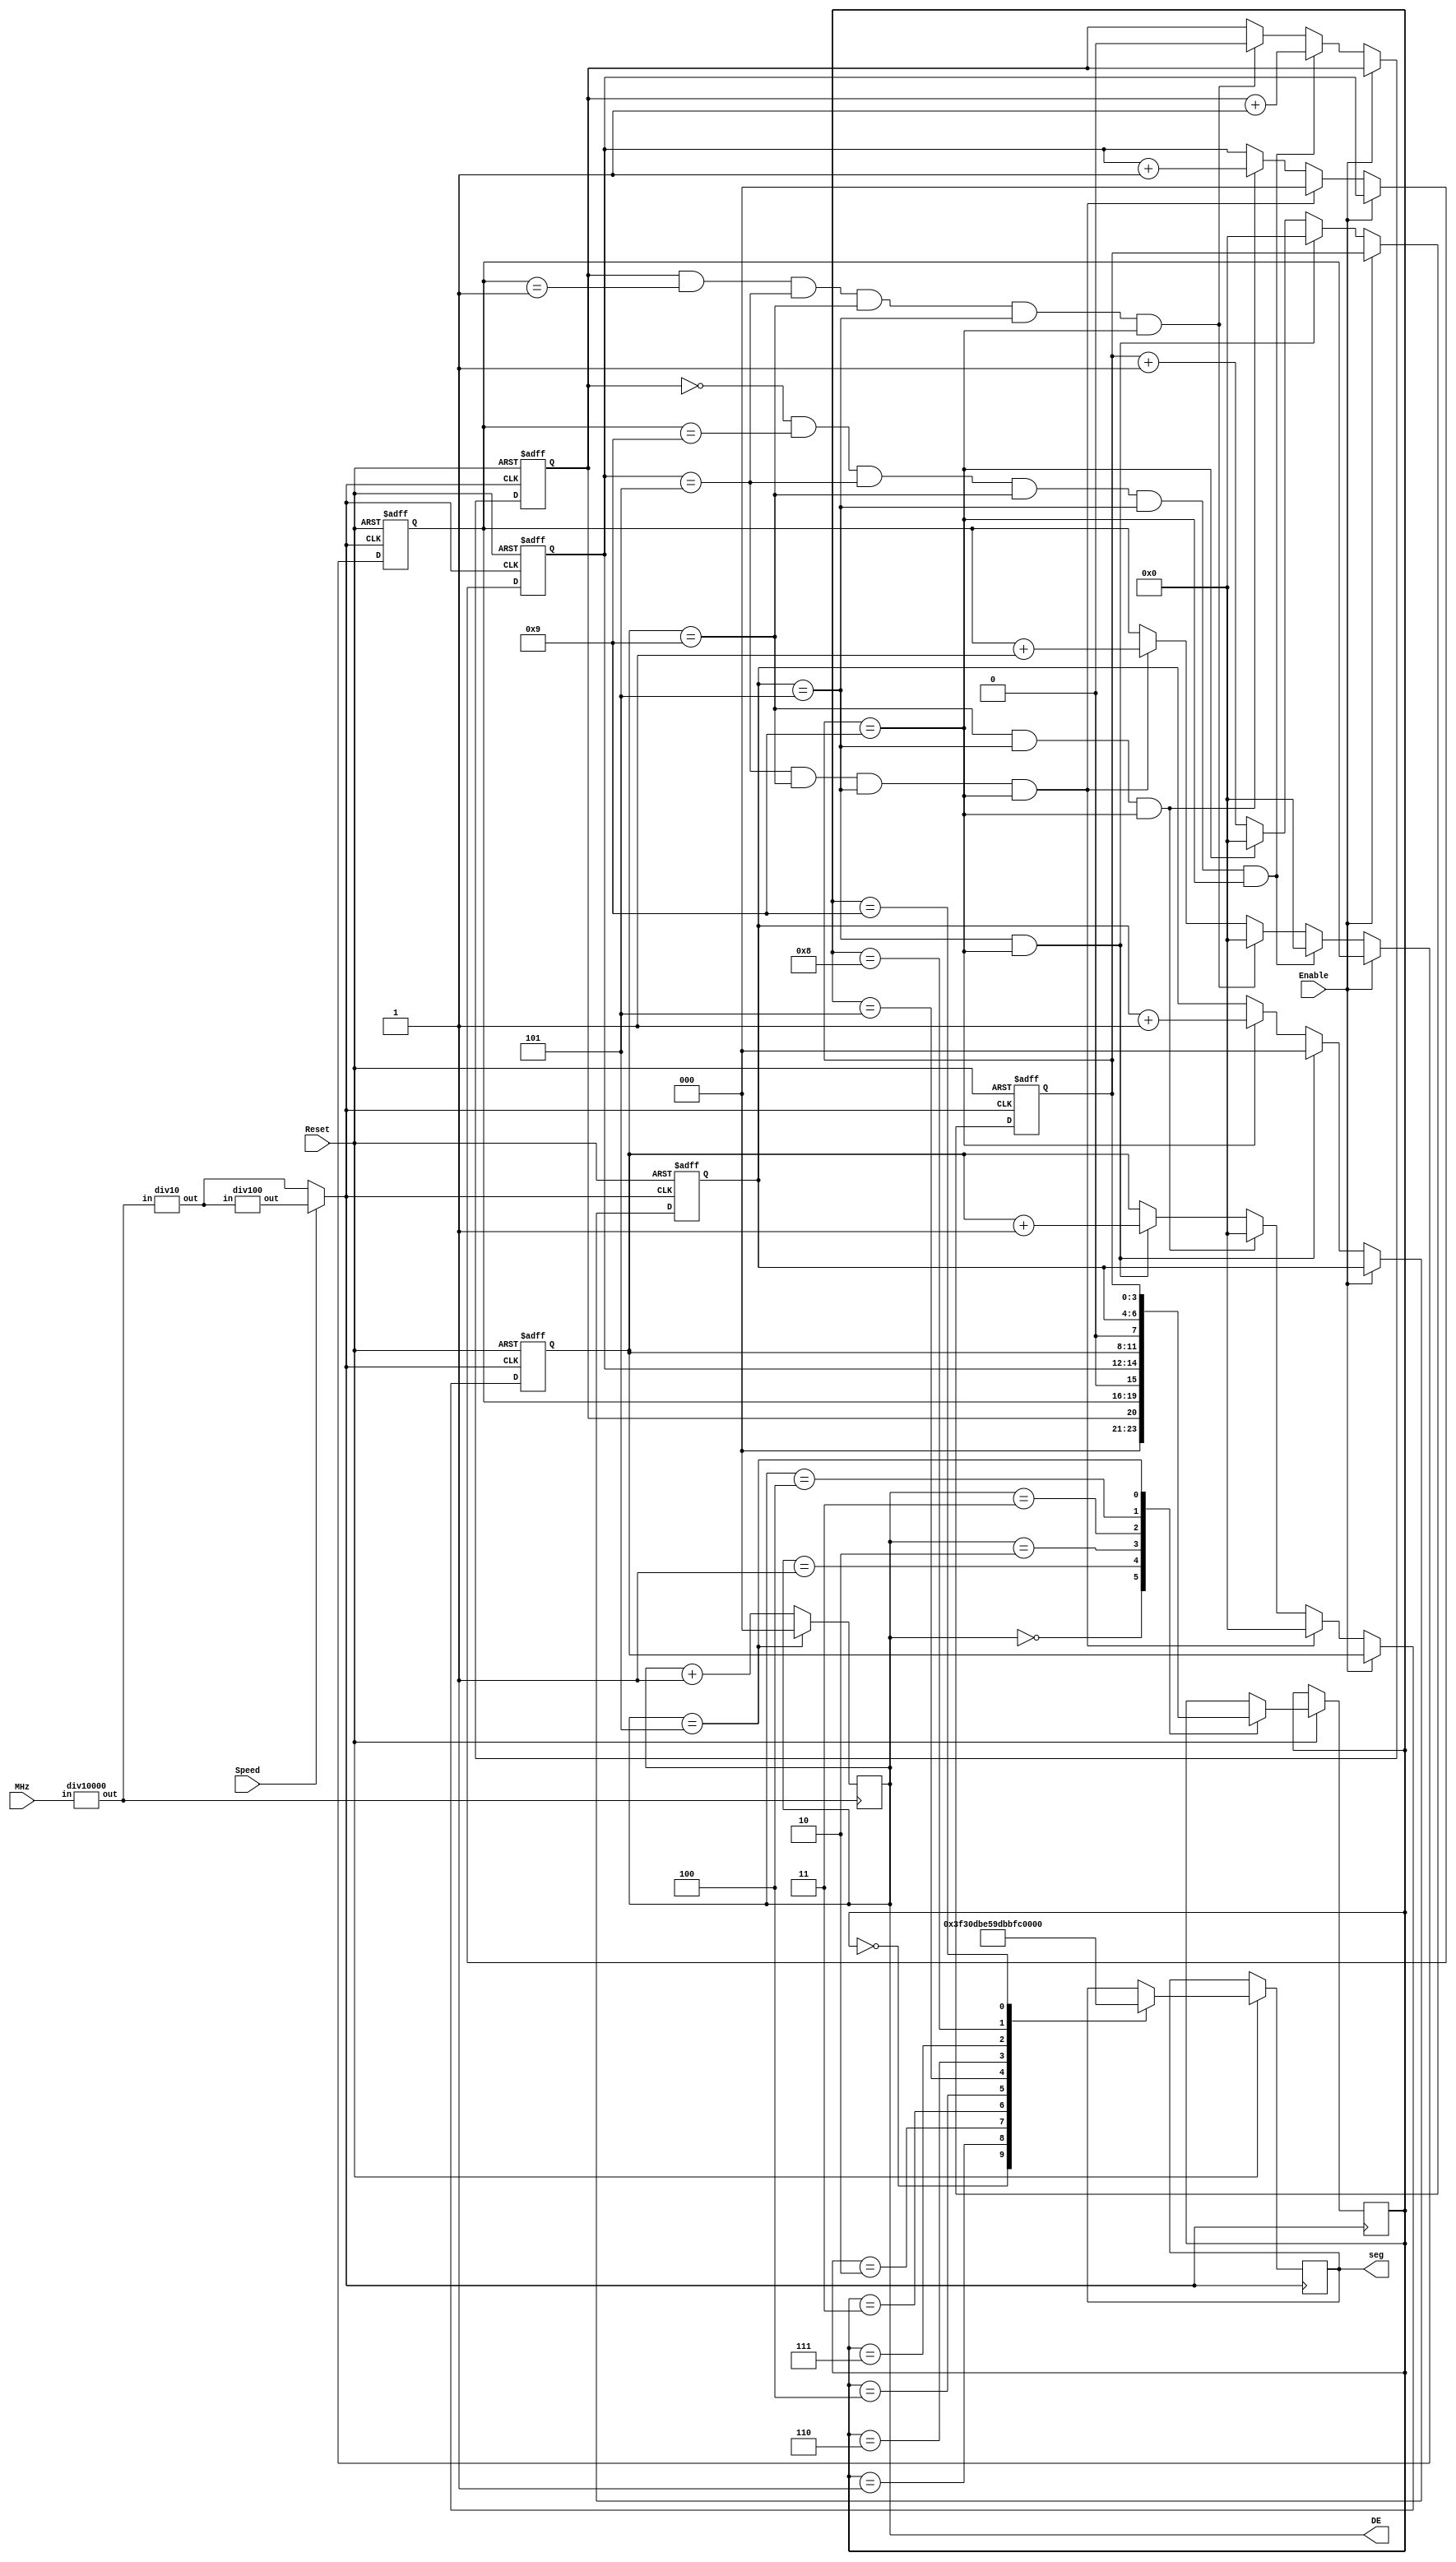
module exp7(DE, seg, MHz, Enable, Speed, Reset); //pi
 input MHz, Enable, Speed, Reset; //JMHz,Enable,Speed,Reset
 output reg [2:0]DE; //X3-bits@3DE[0]~[2]ABOdDE[0]~[2]U@ws
 output reg [6:0]seg; //X7-bits@7seg[0]~[6]ABOdseg[0]~[6]U@ws
 wire kHz, Hz1, Hz100, Sresult; //pq|4usP
 reg H1; //OdH1U@ws
 reg [3:0]Cresult; //OdCresult[0]~[3]U@ws
 reg [3:0]S2, M2, H2; //OdS2[0]~[3],M2[0]~[3],H2[0]~[3]U@ws
 reg [2:0]S1, M1; //OdS1[0]~[2],M1[0]~[2]U@ws
 
 div10000 d1(kHz, MHz); //W1AXkHzAJMHz
 div10	  d2(Hz100, kHz); //W2AXHz100AJkHz
 div100   d3(Hz1, Hz100); //W3AXHz1AJHz100
 
 always@(posedge kHz) //kHztoAUBehavioral Modelz|Q
  if(DE == 5) //pGDE5AHUz
   DE<=0; //DE0
  else //Lp
   DE<=DE+3'd1; //DE+1
   
 assign Sresult = Speed ? Hz1 : Hz100; //Speed=1,Sresult=Hz1ASpeed=0,Sresult=Hz100
   
 always@(posedge Sresult or negedge Reset) //SresulttoResetttoAUBehavioral Modelz|Q
  begin //}l
   if(~Reset) //pGResettrueAHUz
    begin //}l
     S1<=0; //S10
     S2<=0; //S20
     M1<=0; //M10
     M2<=0; //M20
     H1<=0; //H10
     H2<=0; //H20
    end //
   else //Lp
    begin //}l
     if(~Enable) //pGEnabletrueAHUz
      begin //}l
       if(S1 == 5 && S2 == 9) //pGS15BS29AHUz
        begin //}l
         S1<=0; //S10
         S2<=0; //S20
        end //
       else //Lp
        begin //}l
         if(S2 == 9) //pGS29AHUz
          begin //}l
           S2<=0; //S20
           S1<=S1+3'd1; //S1+1
          end //
         else //Lp
          S2<=S2+4'd1; //S2+1
        end //
               
       if(M1 == 5 && M2 == 9 && S1 == 5 && S2 == 9) //pGM15BM29BS15BS29AHUz
        begin //}l
         M1<=0; //M10
         M2<=0; //M20
        end //
       else //Lp
        begin //}l
         if(M2 == 9 && S1 == 5 && S2 == 9) //pGM29BS15BS29AHUz
          begin //}l
           M2<=0; //M20
           M1<=M1+3'd1; //M1+1
          end //
         else if(S1 == 5 && S2 == 9) //LpGS15BS29AHUz
          M2<=M2+4'd1; //M2+1
        end //
        
       if(H1 == 0 && H2 == 9 && M1 == 5 && M2 == 9 && S1 == 5 && S2 == 9) //pGH10BH29BM15BM29BS15BS29AHUz
        begin //}l
         H2<=0; //H20
         H1<=H1+1'd1; //H1+1
        end //
       else //Lp
        begin //}l
         if(H1 == 1 && H2 == 1 && M1 == 5 && M2 == 9 && S1 == 5 && S2 == 9) //pGH11BH21BM15BM29BS15BS29AHUz
          begin //}l
           H1<=0; //H10
           H2<=0; //H20
          end //
         else if(M1 == 5 && M2 == 9 && S1 == 5 && S2 == 9) //LpGM15BM29BS15BS29AHUz
          H2<=H2+4'd1; //H2+1
        end //
      end //
      
      case(DE) //DEtrueAHUz
        3'd0:Cresult<=H1; //DE0ACresultH1
        3'd1:Cresult<=H2; //DE1ACresultH2
        3'd2:Cresult<=M1; //DE2ACresultM1
        3'd3:Cresult<=M2; //DE3ACresultM2
        3'd4:Cresult<=S1; //DE4ACresultS1
        3'd5:Cresult<=S2; //DE5ACresultS2
      endcase //case
       
      case(Cresult) //CresulttrueAHUz
       4'd0 : seg = 7'b1111_110; //Cq0
	   4'd1 : seg = 7'b0110_000; //Cq1
	   4'd2 : seg = 7'b1101_101; //Cq2
   	   4'd3 : seg = 7'b1111_001; //Cq3
	   4'd4 : seg = 7'b0110_011; //Cq4
	   4'd5 : seg = 7'b1011_011; //Cq5
	   4'd6 : seg = 7'b1011_111; //Cq6
	   4'd7 : seg = 7'b1110_000; //Cq7
	   4'd8 : seg = 7'b1111_111; //Cq8
	   4'd9 : seg = 7'b1111_011; //Cq9
      endcase //case
    end //
  end //
endmodule //

module div10000(out, in); //WH10000i
 input in; //Jin
 output reg out; //OdXoutU@ws
 reg [12:0]counter; //OdXcounter[0]~[12]U@ws
 always@(posedge in) //intoAUBehavioral Modelz|Q
  if(counter == 4999) //pGcounter4999AHUz
   begin //}l
    counter<=0; //counter0
    out<=~out; //out
   end //
  else //Lp
   counter<=counter+13'd1; //conuter+1
endmodule //

module div10(out, in); //WH10i
 input in; //Jin
 output reg out; //OdXoutU@ws
 reg [2:0]counter; //OdXcounter[0]~[2]U@ws
 always@(posedge in) //intoAUBehavioral Modelz|Q
  if(counter == 4) //pGcounter4AHUz
   begin //}l
    counter<=0; //counter0
    out<=~out; //out
   end //
  else //Lp
   counter<=counter+3'd1; //conuter+1
endmodule //

module div100(out, in); //WH100i
 input in; //Jin
 output reg out; //OdXoutU@ws
 reg [5:0]counter; //OdXcounter[0]~[5]U@ws
 always@(posedge in) //intoAUBehavioral Modelz|Q
  if(counter == 49) //pGcounter49AHUz
   begin //}l
    counter<=0; //counter0
    out<=~out; //out
   end//
  else //Lp
   counter<=counter+6'd1; //conuter+1
endmodule //